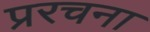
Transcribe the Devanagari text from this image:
प्ररचना